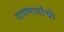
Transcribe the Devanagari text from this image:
पावणार्यांची